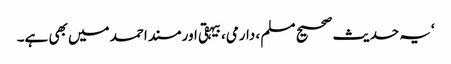
‘یہ حدیث صحیح مسلم ، دارمی، بیہقی اور مسند احمد میں بھی ہے۔